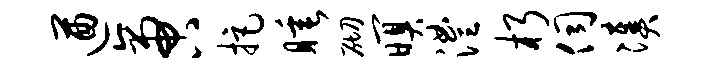
遒啻拒睡砌暝澧朽伺凑